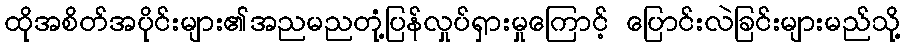
ထိုအစိတ်အပိုင်းများ၏အညမညတုံ့ပြန်လှုပ်ရှားမှုကြောင့် ပြောင်းလဲခြင်းများမည်သို့